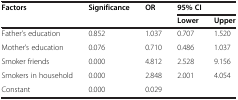
| Factors | <ROWSPAN=2> Significance | <ROWSPAN=2> OR | <COLSPAN=2> 95% CI |
 |  | Lower | Upper |
 | --- | --- | --- | --- | --- |
 | Father’s education | 0.852 | 1.037 | 0.707 | 1.520 |
 | Mother’s education | 0.076 | 0.710 | 0.486 | 1.037 |
 | Smoker friends | 0.000 | 4.812 | 2.528 | 9.156 |
 | Smokers in household | 0.000 | 2.848 | 2.001 | 4.054 |
 | Constant | 0.000 | 0.029 |  |  |